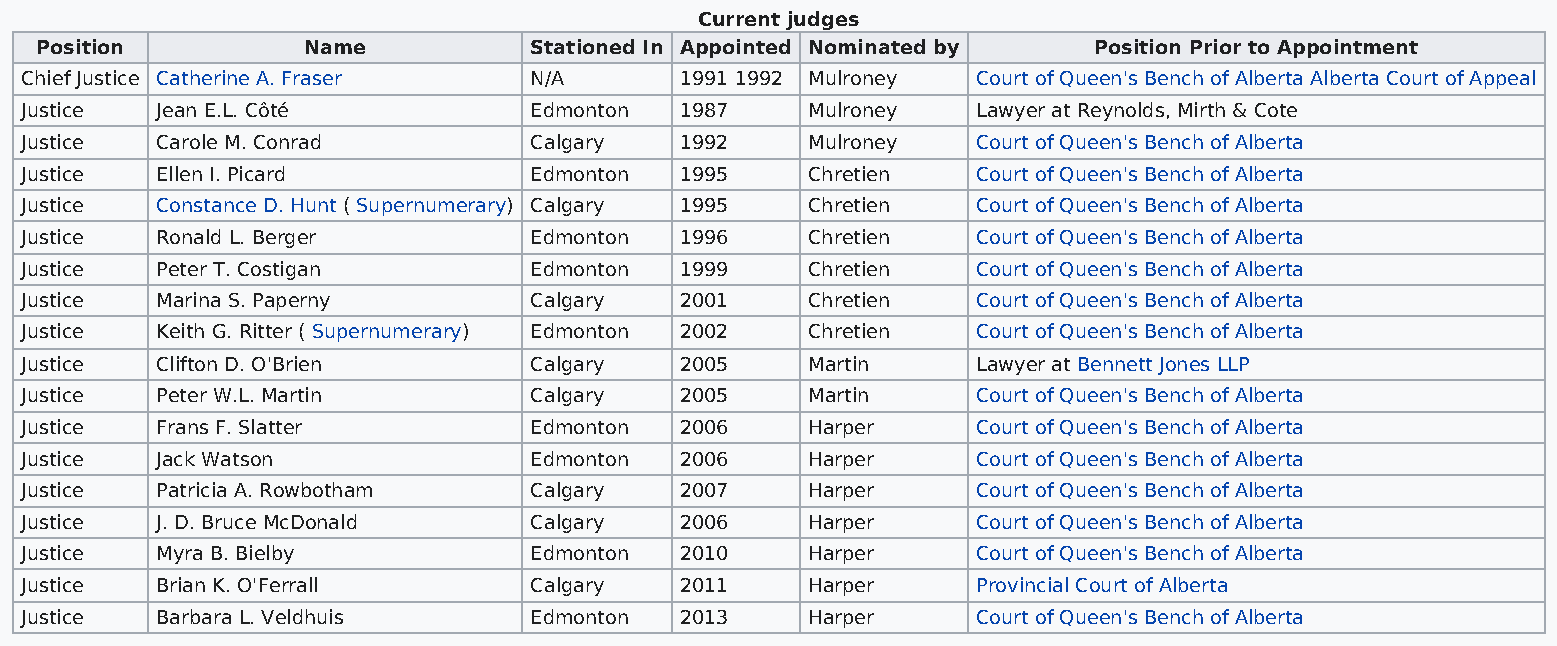
Current judges
 Position          Name           Stationed In Appointed Nominated by  Position Prior to Appointment
 Chief Justice Catherine A. Fraser N/A       1991 1992 Mulroney  Court of Queen's Bench of Alberta Alberta Court of Appeal
 Justice  Jean E.L. Côté           Edmonton  1987    Mulroney    Lawyer at Reynolds, Mirth & Cote
 Justice  Carole M. Conrad         Calgary   1992    Mulroney    Court of Queen's Bench of Alberta
 Justice  Ellen I. Picard          Edmonton  1995    Chretien    Court of Queen's Bench of Alberta
 Justice  Constance D. Hunt ( Supernumerary) Calgary 1995 Chretien Court of Queen's Bench of Alberta
 Justice  Ronald L. Berger         Edmonton  1996    Chretien    Court of Queen's Bench of Alberta
 Justice  Peter T. Costigan        Edmonton  1999    Chretien    Court of Queen's Bench of Alberta
 Justice  Marina S. Paperny        Calgary   2001    Chretien    Court of Queen's Bench of Alberta
 Justice  Keith G. Ritter ( Supernumerary) Edmonton 2002 Chretien Court of Queen's Bench of Alberta
 Justice  Clifton D. O'Brien       Calgary   2005    Martin      Lawyer at Bennett Jones LLP
 Justice  Peter W.L. Martin        Calgary   2005    Martin      Court of Queen's Bench of Alberta
 Justice  Frans F. Slatter         Edmonton  2006    Harper      Court of Queen's Bench of Alberta
 Justice  Jack Watson              Edmonton  2006    Harper      Court of Queen's Bench of Alberta
 Justice  Patricia A. Rowbotham    Calgary   2007    Harper      Court of Queen's Bench of Alberta
 Justice  J. D. Bruce McDonald     Calgary   2006    Harper      Court of Queen's Bench of Alberta
 Justice  Myra B. Bielby           Edmonton  2010    Harper      Court of Queen's Bench of Alberta
 Justice  Brian K. O'Ferrall       Calgary   2011    Harper      Provincial Court of Alberta
 Justice  Barbara L. Veldhuis      Edmonton  2013    Harper      Court of Queen's Bench of Alberta